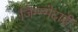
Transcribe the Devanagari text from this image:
जिम्म्मेदारी